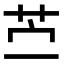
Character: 苎